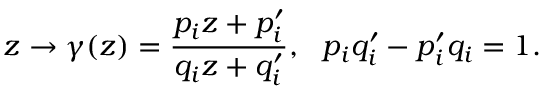
z \rightarrow \gamma ( z ) = \frac { p _ { i } z + p _ { i } ^ { \prime } } { q _ { i } z + q _ { i } ^ { \prime } } , ~ ~ p _ { i } q _ { i } ^ { \prime } - p _ { i } ^ { \prime } q _ { i } = 1 .